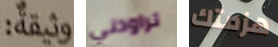
وثيقة تراودني هزمتك